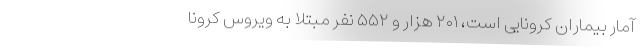
آمار بیماران کرونایی است، ۲۰۱ هزار و ۵۵۲ نفر مبتلا به ویروس کرونا